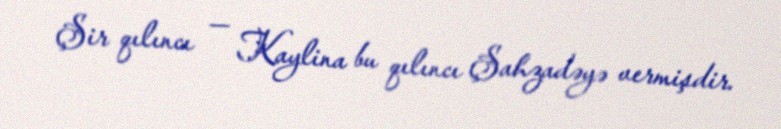
Şir qılıncı — Kaylina bu qılıncı Şahzadəyə vermişdir.